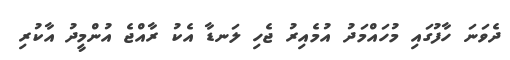
ދެވަނަ ހާފުގައި މުހައްމަދު އުމެއިރު ޖެހި ލަނޑާ އެކު ރާއްޖެ އުންމީދު އާކުރި